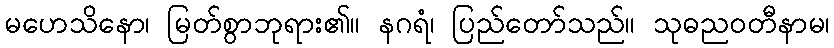
မဟေသိနော၊ မြတ်စွာဘုရား၏။ နဂရံ၊ ပြည်တော်သည်။ သုဓညဝတီနာမ၊